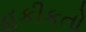
હકીકતો